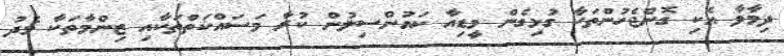
ދިމާވާ އެކި ގޮންޖެހުންތަކާ ގުޅިގެން މީޑިއާ ކައުންސިލުން ކުރާ މަސައްކަތްތަކާއި ޒިންމާތަކާ މެދު